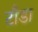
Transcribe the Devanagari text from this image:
टाँडा